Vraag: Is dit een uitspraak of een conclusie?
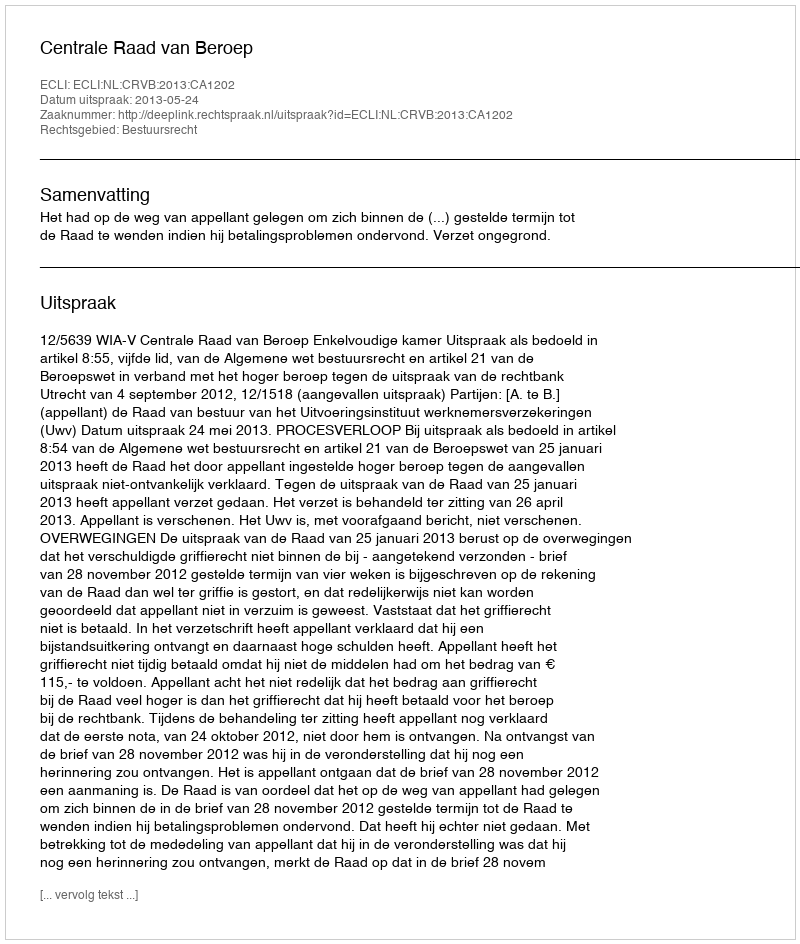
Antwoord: Uitspraak